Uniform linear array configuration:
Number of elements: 4
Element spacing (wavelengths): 0.5
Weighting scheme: cosine
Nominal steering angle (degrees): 60
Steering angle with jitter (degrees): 61.638
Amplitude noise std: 0.05
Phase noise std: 0.05

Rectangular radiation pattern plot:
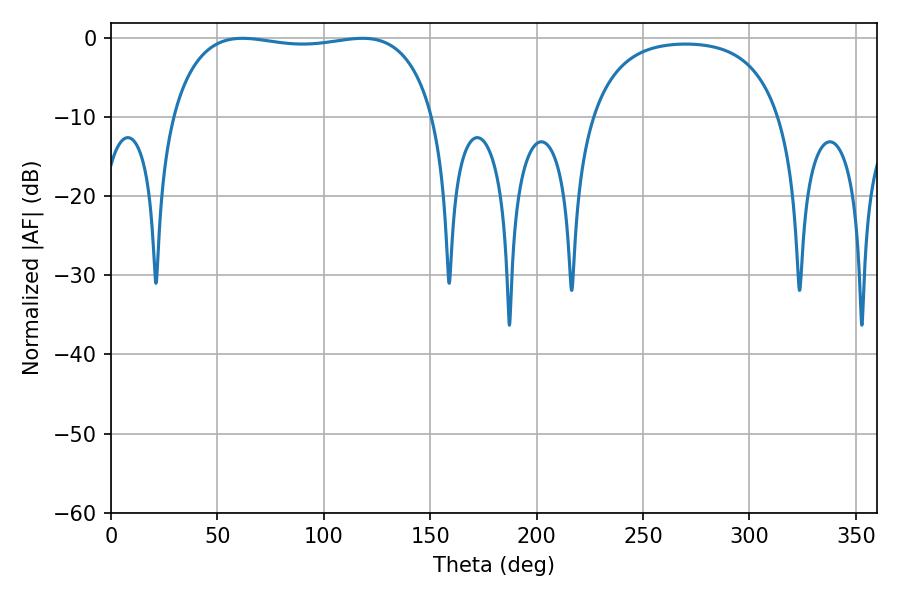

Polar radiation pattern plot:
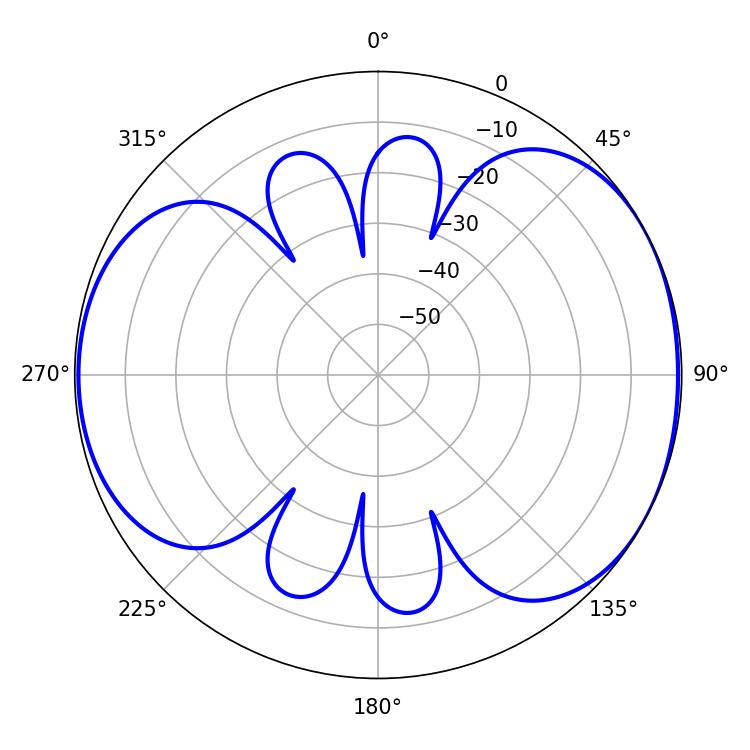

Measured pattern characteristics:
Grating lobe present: FALSE
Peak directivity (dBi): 5.311
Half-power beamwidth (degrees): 99.36
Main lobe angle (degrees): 61.74